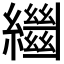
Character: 𦇓